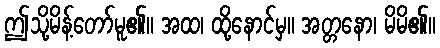
ဤသို့မိန့်တော်မူ၏။ အထ၊ ထို့နောင်မှ။ အတ္တနော၊ မိမိ၏။